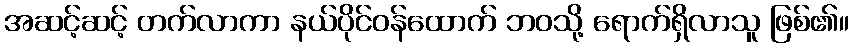
အဆင့်ဆင့် တက်လာကာ နယ်ပိုင်ဝန်ထောက် ဘဝသို့ ရောက်ရှိလာသူ ဖြစ်၏။